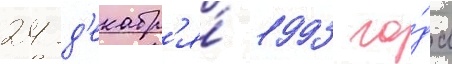
24 д'екабр'я́ 1993 го́да